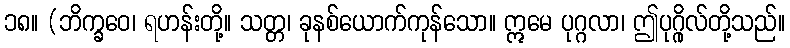
၁၈။ (ဘိက္ခဝေ၊ ရဟန်းတို့။ သတ္တ၊ ခုနစ်ယောက်ကုန်သော။ ဣမေ ပုဂ္ဂလာ၊ ဤပုဂ္ဂိုလ်တို့သည်။